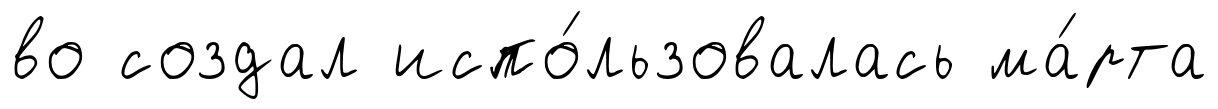
во создал испо́льзовалась ма́рта